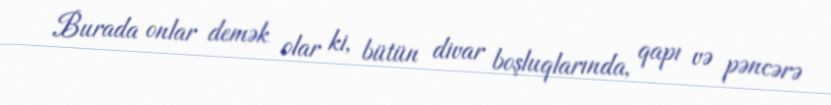
Burada onlar demək olar ki, bütün divar boşluqlarında, qapı və pəncərə